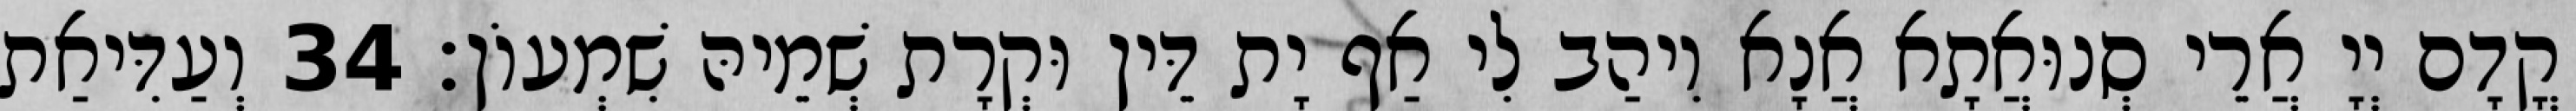
קֳדָם יְיָ אֲרֵי סְנוּאֲתָא אֲנָא וִיהַב לִי אַף יָת דֵּין וּקְרָת שְׁמֵיהּ שִׁמְעוֹן׃ 34 וְעַדִּיאַת